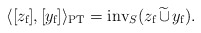
\begin{align*}\langle [z_{\textup f}],[y_{\textup f}]\rangle_{\textup{PT}} = \textup{inv}_S(z_\textup{f}\,\widetilde\cup\, y_\textup{f}).\end{align*}